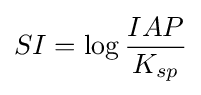
SI=\log {\frac {IAP}{K_{sp}}}